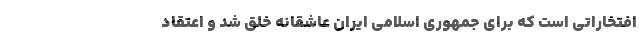
افتخاراتی است که برای جمهوری اسلامی ایران عاشقانه خلق شد و اعتقاد